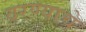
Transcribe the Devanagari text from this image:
वरण्याचे